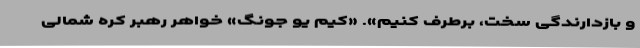
و بازدارندگی سخت، برطرف کنیم». «کیم یو جونگ» خواهر رهبر کره شمالی